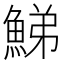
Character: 鮷